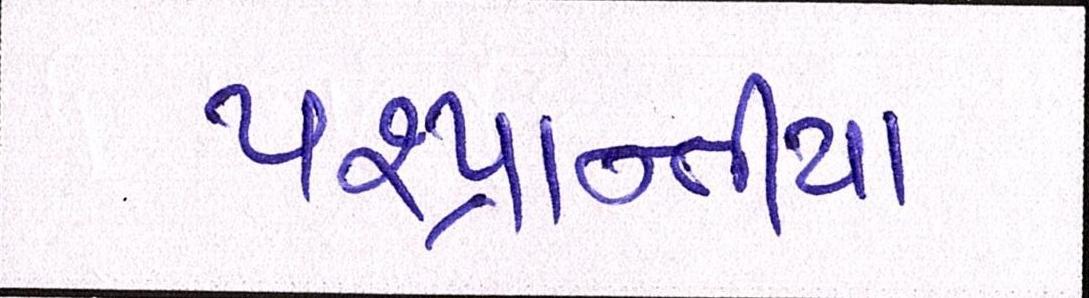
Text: પ૨પ્રાન્તીય